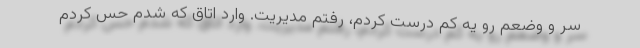
سر و وضعم رو یه کم درست کردم، رفتم مدیریت. وارد اتاق که شدم حس کردم